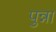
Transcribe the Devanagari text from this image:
पुन्ना